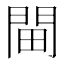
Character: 𨳸